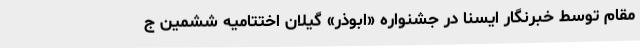
مقام توسط خبرنگار ایسنا در جشنواره «ابوذر» گیلان اختتامیه ششمین ج